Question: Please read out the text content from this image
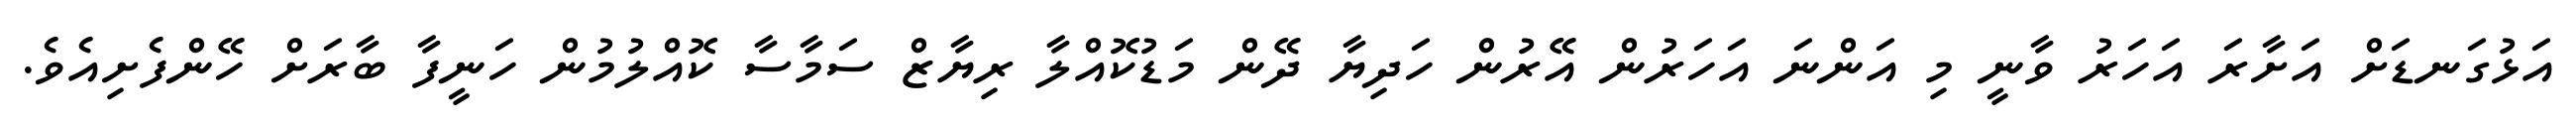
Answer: އަޅުގަނޑަށް އަށާރަ އަހަރު ވާނީ މި އަންނަ އަހަރުން އޭރުން ހަދިޔާ ދޭން މަޑުކޮއްލާ ރިޔާޒް ސަމާސާ ކޮއްލުމުން ހަނީފާ ބާރަށް ހޭންފެށިއެވެ.